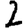
Digit: 2